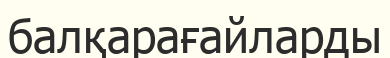
балқарағайларды